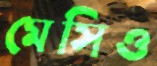
মেসিও